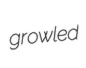
growled